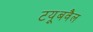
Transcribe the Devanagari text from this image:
टयूबवैल